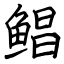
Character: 鲳